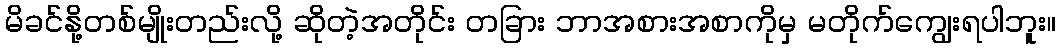
မိခင်နို့တစ်မျိုးတည်းလို့ ဆိုတဲ့အတိုင်း တခြား ဘာအစားအစာကိုမှ မတိုက်ကျွေးရပါဘူး။